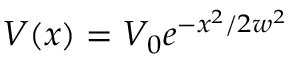
V ( x ) = V _ { 0 } e ^ { - x ^ { 2 } / 2 w ^ { 2 } }